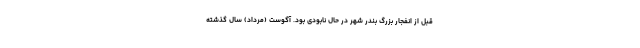
قبل از انفجار بزرگ بندر شهر در حال نابودی بود. آگوست (مرداد) سال گذشته